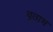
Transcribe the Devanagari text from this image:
वृताभ